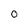
Character: 0